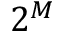
2 ^ { M }